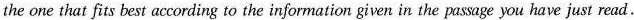
the one that fits best according to the information given in the passage you have just read.